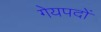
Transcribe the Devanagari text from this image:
गेयपदों